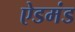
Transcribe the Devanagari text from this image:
ऐडमंड